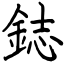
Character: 鋕